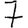
Digit: 7